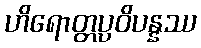
ဟိရောတ္တပ္ပဝိပန္နဿ